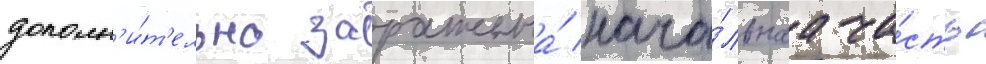
дополн'и́т'ельно заражена́ нача́льнаа ча́сть